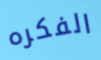
الفكره